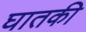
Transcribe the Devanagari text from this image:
घातकी